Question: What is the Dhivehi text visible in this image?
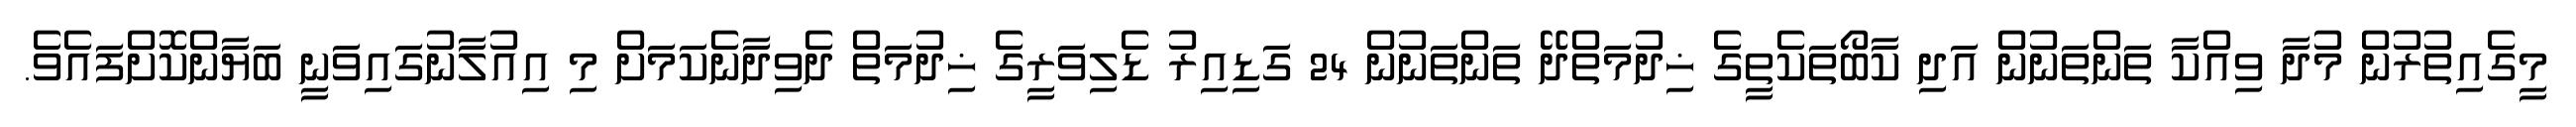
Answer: މީގެއިތުރުން މުދާ ވިއްކާ ތަންތަނުން އަދި ކާބޯތަކެތީގެ ޚިދުމަތްދޭ ތަންތަނުން 24 ގަޑިއިރު ޑެލިވަރީގެ ޚިދުމަތް ދެވިދާނެކަމަށް މި އިއުލާނުގައިވަނީ ބަޔާންކޮށްފައެވެ.